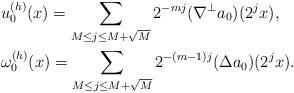
LaTeX: \begin{align*}&u_0^{(h)}(x) = \sum_{M\le j \le M+\sqrt M} 2^{-mj} (\nabla^{\perp} a_0)(2^j x), \\&\omega_0^{(h)}(x) = \sum_{M\le j \le M+\sqrt M} 2^{-(m-1)j} (\Delta a_0)(2^j x). \end{align*}